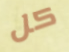
كل